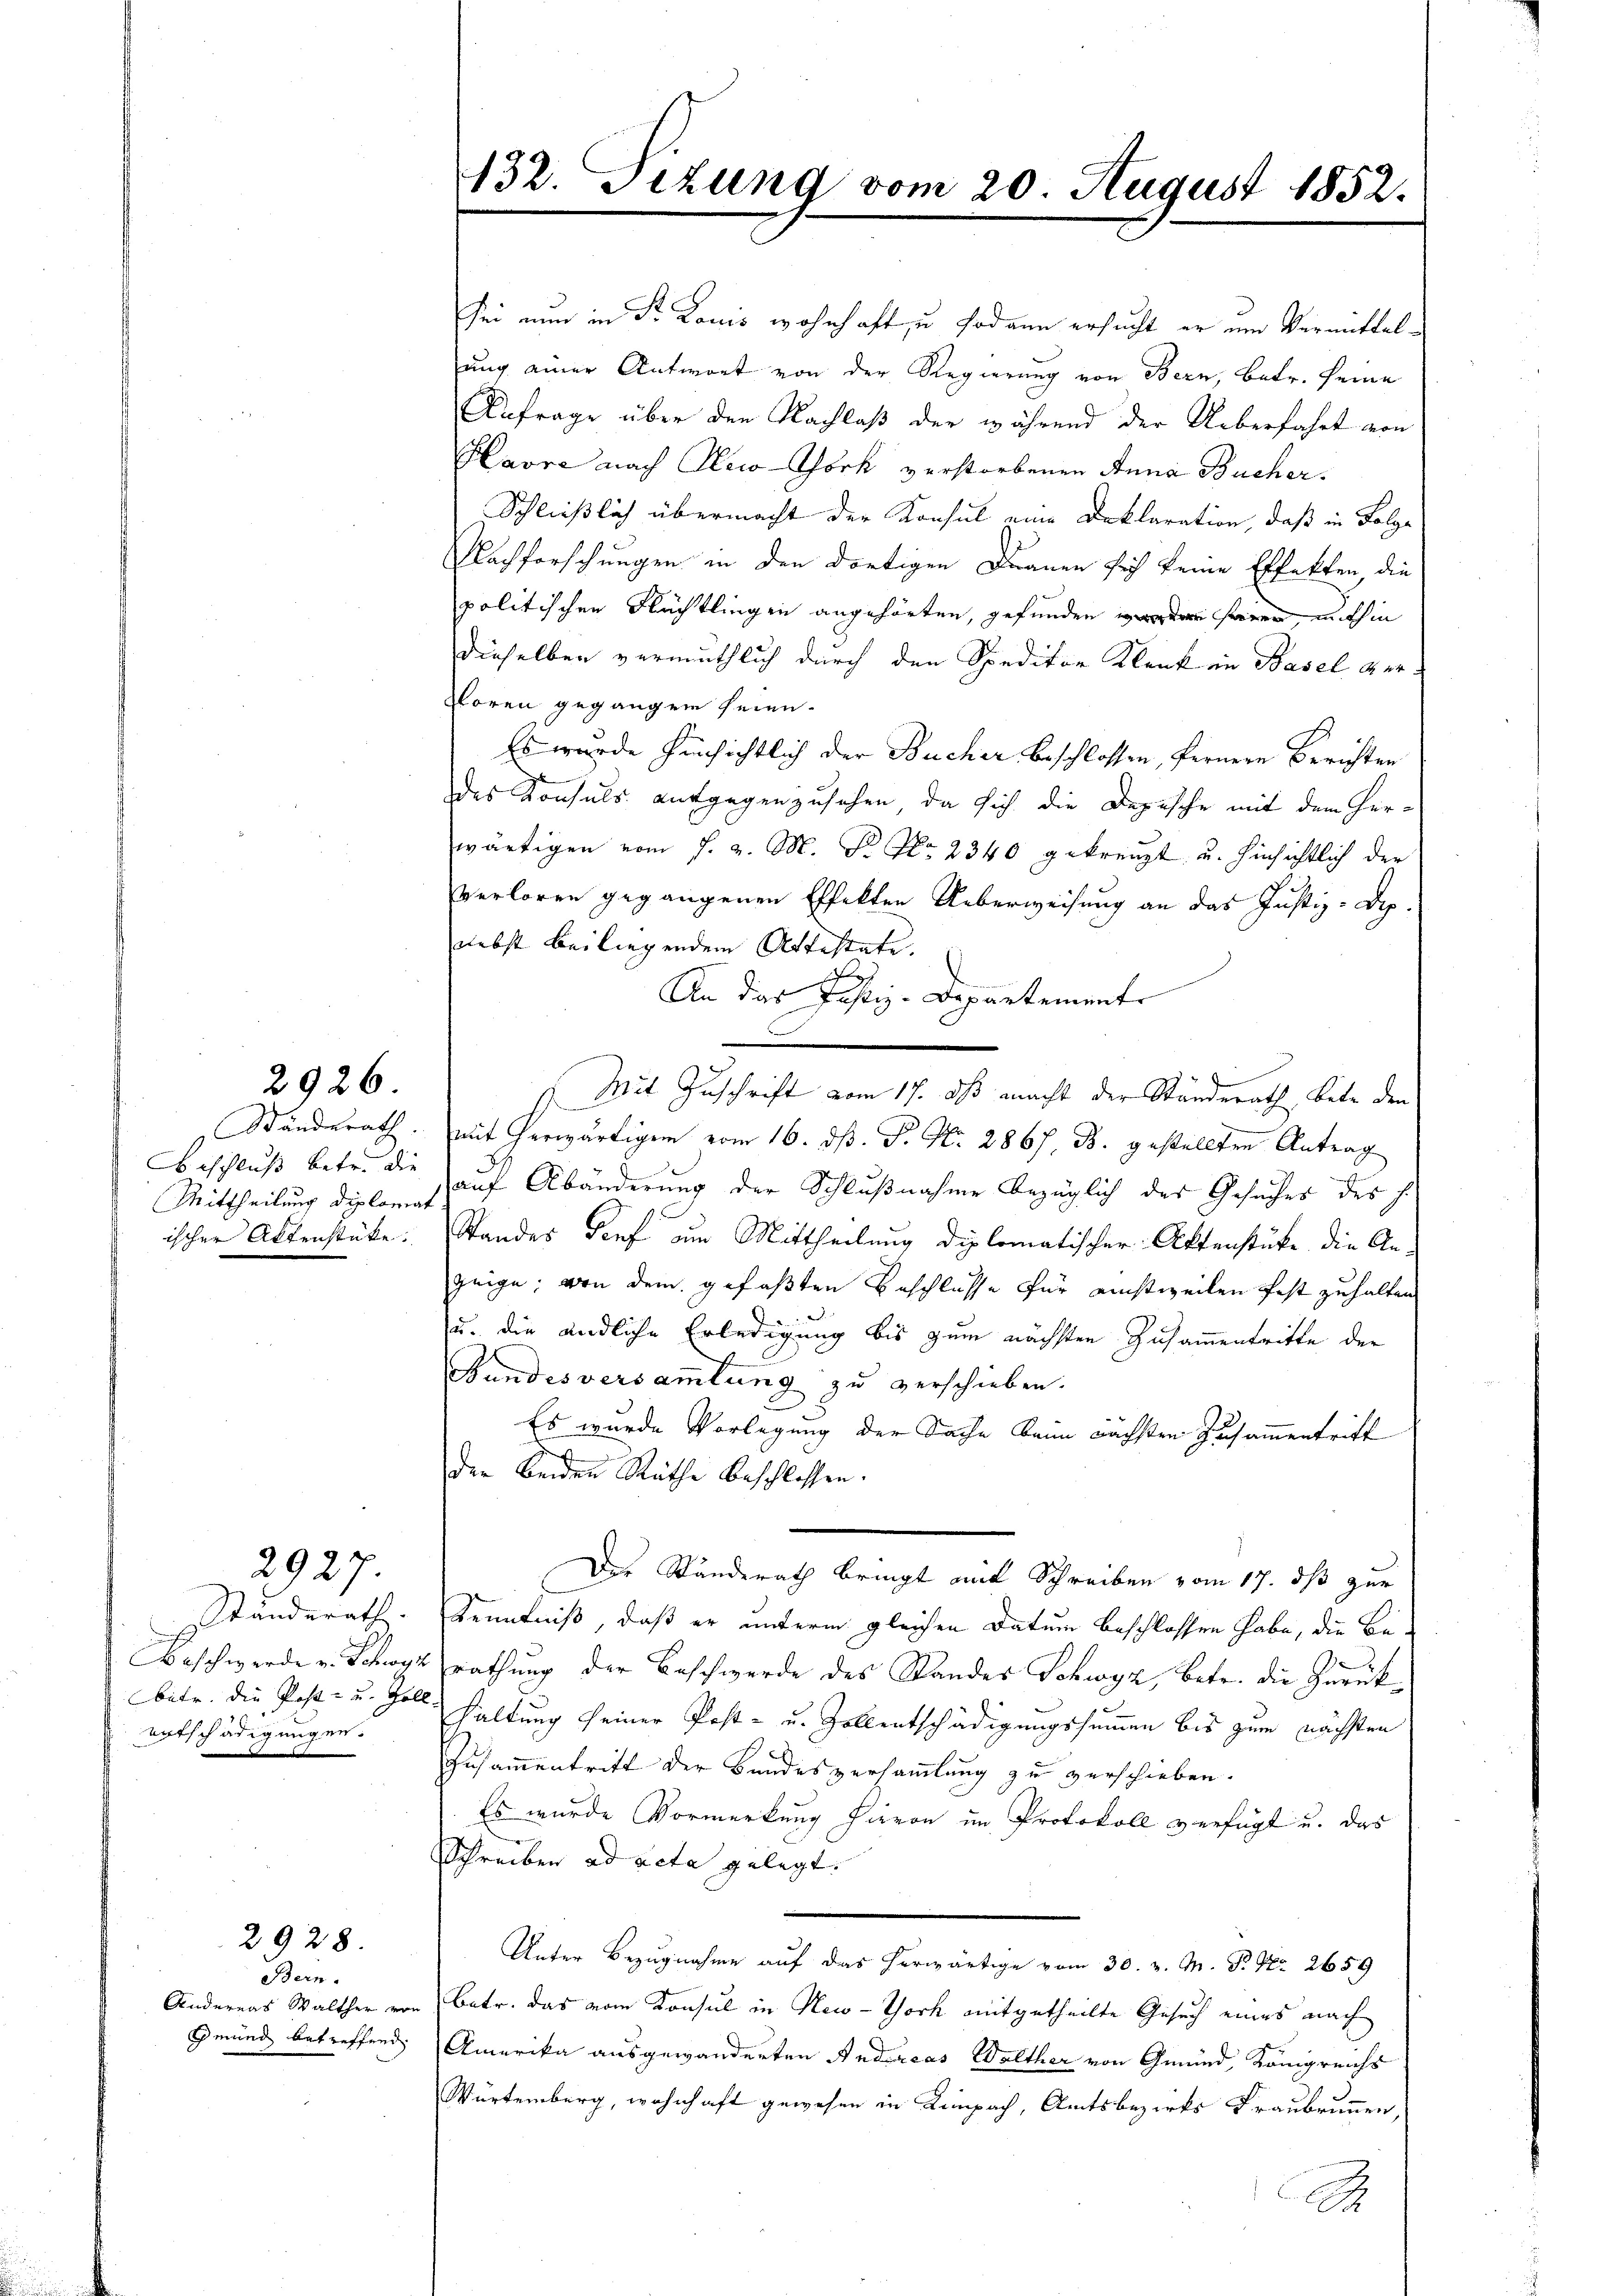
2926

Standerath.
Aeschluß betr. die
ischer Aktenstüke.

2927.

Ständerath.
betr. die Post- u. Zoll
entschädigungen.

Bern.
Ändereas Walther von
Gmund betreffend

2928.

132. Sezung vom 20. August 1852.

sei nun in Fr. Louis wohnhaft zu sodann ersucht er um Vermittel-
ung einer Antwort von der Regierung von Bern, betr. seine
Anfrage über den Nachlaß der während der Ueberfahrt von
Havre nach New-York verstorbenen Anna Bucher.
Schließlich übermacht der Konsul eine Deklaration, daß in Folge
Nachforschungen in den dortigen Dranen sich keine Effekten, die
politischen Flüchtlingen angehörten, gefunden worden seien, mithin
dieselben vermuthlich durch den Speditor Klenk in Basel ver¬
Floren gegangen seien.
Es wurde hinsichtlich der Bucher beschlossen, fernere Berichten
des Konsuls aufgegenzusehen, da sich die Depesche mit dem Herwärtigen vom s. v. M. P. Nr. 2340 gekreuzt u. hinsichtlich der
verloren gegangenen Effekten Ueberweisung an das Justiz-Dep.
nebst bei liegendem Attestate.
h
An das Justiz-Departemente
Mit Zuschrift vom 17. ds macht der Ständerath betr. den
mit herwärtigen vom 16. dβ. P. Nr. 2867. ds. gestellten Antrag
Mittheilung dieses auf Abänderung der Schlußnahme bezüglich des Gesuches des J.
Standes Genf am Mittheilung diplomatischer Aktenstüke die An-
zeige; von dem gefaßten Beschlüsse für richtweilen festzuhalten
u. die endliche Erledigung bis zum nächsten Zusammentritte der
Bundesversammlung zu verschieben.
Es wurde Vorlegung der Sache beim nächsten Zusammentritt
der Beiden Räthe beschlossen.
Der Standerath bringt mit Schreiben vom 17. ds zur
Kenntniß, daß er unterm gleichen Datum beschlossen habe, die Be¬
Beschwerde v. Schwyz rathung der Beschwerde des Standes Schwyz, betr. die Zurück¬
Haltung seiner Post- u. Zollentschädigungssummen bis zum nächsten
Zusammentritt der Bandesversammlung zu verschieben.
Es wurde Vormerkung haron im Protokoll verfügt u. das
Schreiben ad acta gelegt.
Unter Bezugnahme auf das herwärtige vom 30. v. M. P. Nr. 2659
Batr. das vom Konsul in New-York mitgetheilte Gesuch eines nach
Amerika ausgewanderten Andreas Walther von Gemid, Königreichs
Würtemberg, wohnhaft gewesen in Kempach, Amtsbezirks Fraubrunnen,
A